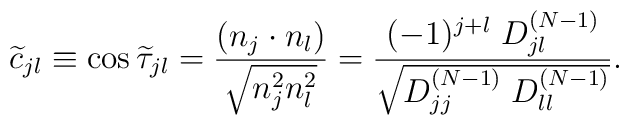
\widetilde{c}_{jl} \equiv \cos\widetilde{\tau}_{jl}= \frac{(n_j \cdot n_l)}{\sqrt{n_j^2 n_l^2}}= \frac{ (-1)^{j+l} \; D_{jl}^{(N-1)}}       {\sqrt{D_{jj}^{(N-1)} \; D_{ll}^{(N-1)}}} .